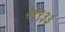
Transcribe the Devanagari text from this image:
२९९३३